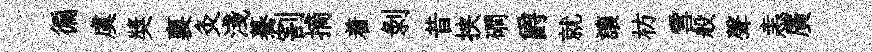
徧虞奬襄灸淺驀割摘着剥昔挟磵爵就讓枋雪般聲恚廣